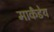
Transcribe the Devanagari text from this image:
मार्कंंडेय